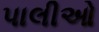
પાલીઓ